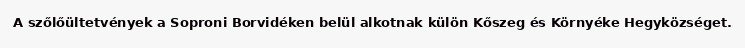
A szőlőültetvények a Soproni Borvidéken belül alkotnak külön Kőszeg és Környéke Hegyközséget.